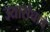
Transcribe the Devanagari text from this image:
ज्यासंघाचे